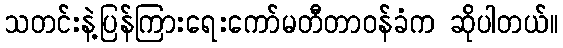
သတင်းနဲ့ပြန်ကြားရေးကော်မတီတာဝန်ခံက ဆိုပါတယ်။